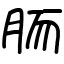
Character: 胹